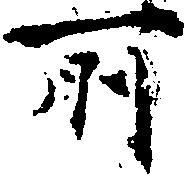
所